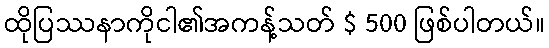
ထိုပြဿနာကိုငါ၏အကန့်သတ် $ 500 ဖြစ်ပါတယ်။